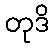
တုဒိ